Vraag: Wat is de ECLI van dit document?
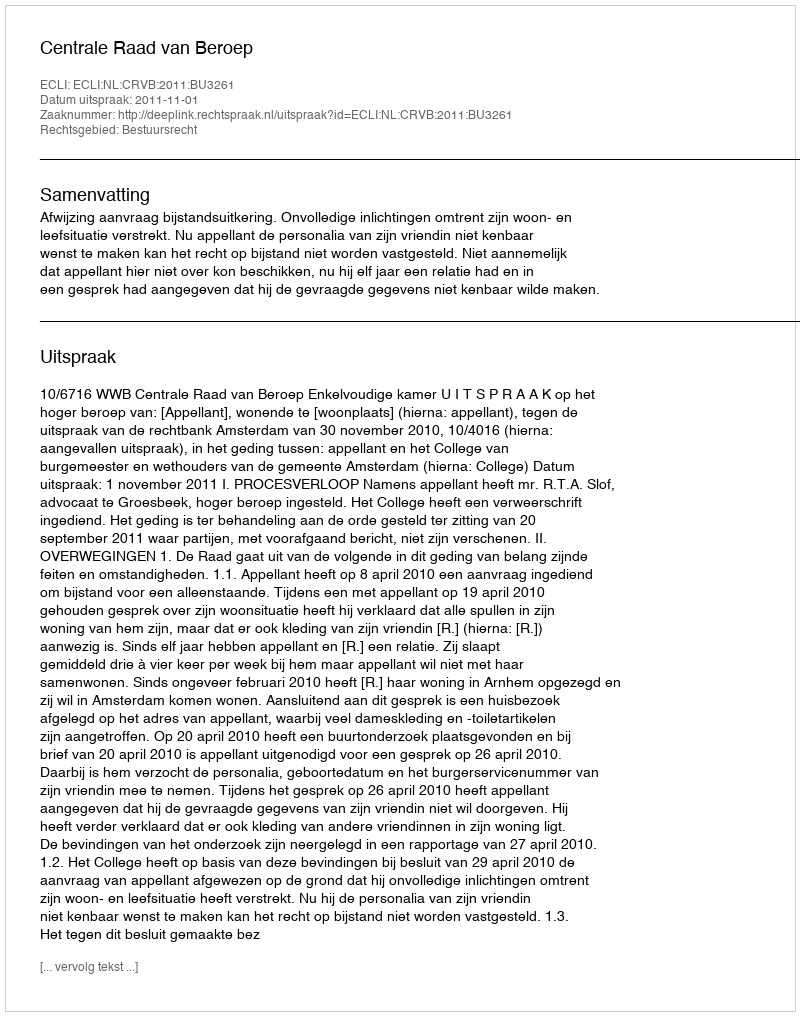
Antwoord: ECLI:NL:CRVB:2011:BU3261